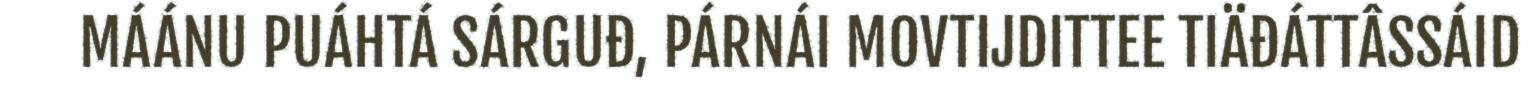
MÁÁNU PUÁHTÁ SÁRGUĐ, PÁRNÁI MOVTIJDITTEE TIÄĐÁTTÂSSÁID